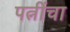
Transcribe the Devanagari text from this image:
पत्नींचा